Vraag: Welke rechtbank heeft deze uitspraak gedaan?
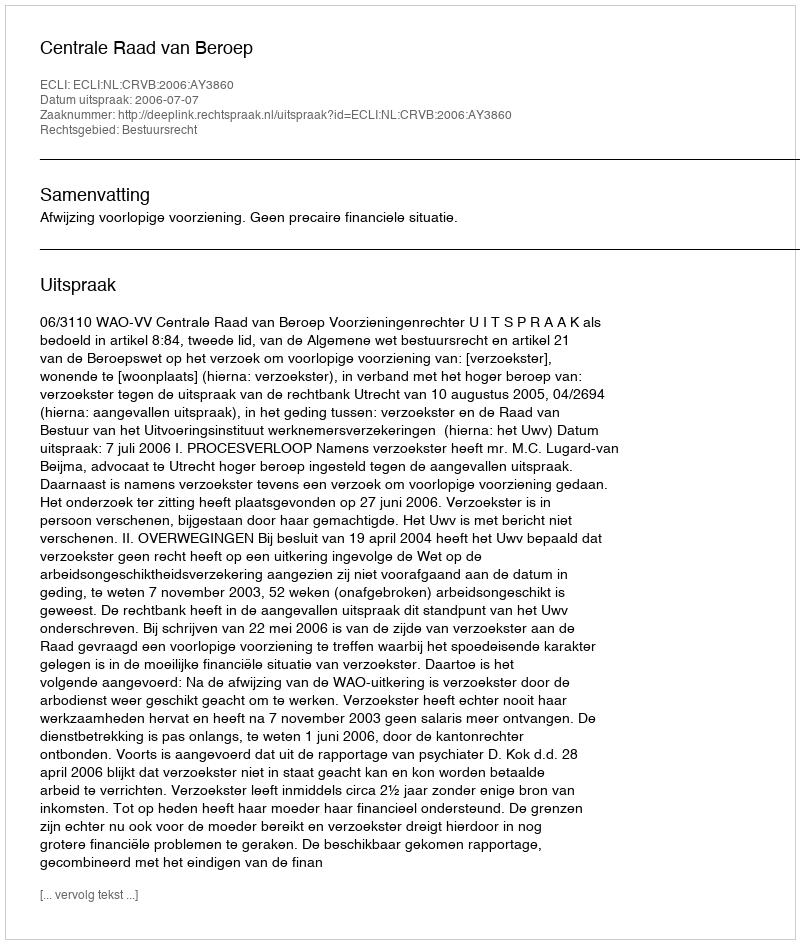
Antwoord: Centrale Raad van Beroep